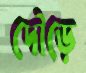
দৌড়ে